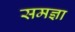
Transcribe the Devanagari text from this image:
समज्ञा